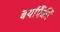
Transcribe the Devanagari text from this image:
बर्यापैंकी